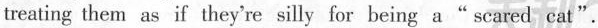
treating them as if they're silly for being a “scared cat" .